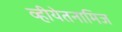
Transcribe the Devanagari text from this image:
व्हीयेतनामिज